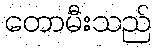
တောမီးသည်